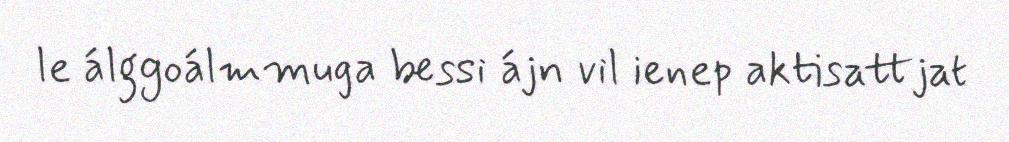
le álggoálmmuga bessi ájn vil ienep aktisattjat